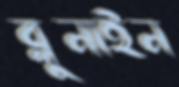
ব্লুনাইন